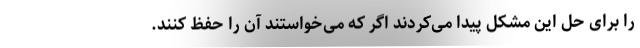
را برای حل این مشکل پیدا می‌کردند اگر که می‌خواستند آن را حفظ کنند.